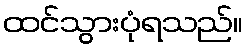
ထင်သွားပုံရသည်။